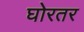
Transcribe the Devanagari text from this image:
घोरतर